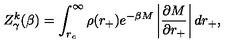
Z _ { \gamma } ^ { k } ( \beta ) = \int _ { r _ { c } } ^ { \infty } \rho ( r _ { + } ) e ^ { - \beta M } \left| \frac { \partial M } { \partial r _ { + } } \right| d r _ { + } ,